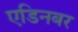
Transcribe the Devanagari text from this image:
एडिनबर